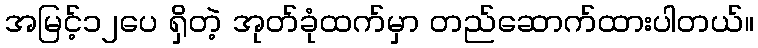
အမြင့်၁၂ပေ ရှိတဲ့ အုတ်ခုံထက်မှာ တည်ဆောက်ထားပါတယ်။